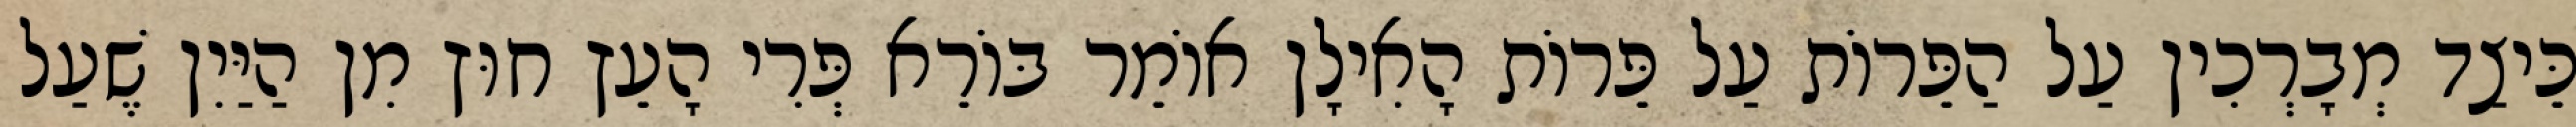
כֵּיצַד מְבָרְכִין עַל הַפֵּרוֹת עַל פֵּרוֹת הָאִילָן אוֹמֵר בּוֹרֵא פְּרִי הָעֵץ חוּץ מִן הַיַּיִן שֶׁעַל